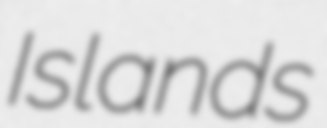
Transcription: Islands